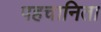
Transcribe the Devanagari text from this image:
पहचानिता